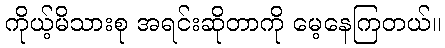
ကိုယ့်မိသားစု အရင်းဆိုတာကို မေ့နေကြတယ်။